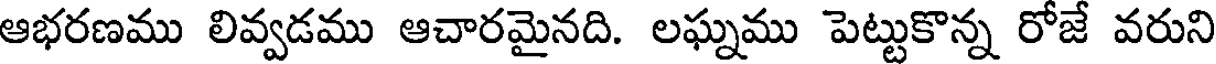
ఆభరణము లివ్వడము ఆచారమైనది. లఘ్నము పెట్టుకొన్న రోజే వరుని